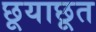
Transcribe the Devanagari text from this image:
छूयाछूत